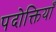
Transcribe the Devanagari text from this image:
पदोक्तियाँ